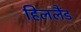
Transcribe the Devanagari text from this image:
हिललैंड